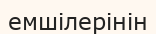
емшілерінін